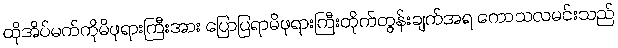
ထိုအိပ်မက်ကိုမိဖုရားကြီးအား ပြောပြရာမိဖုရားကြီးတိုက်တွန်းချက်အရ ကောသလမင်းသည်